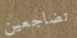
تضاجعين